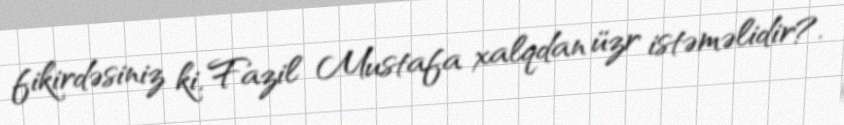
fikirdəsiniz ki, Fazil Mustafa xalqdan üzr istəməlidir?.